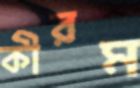
কীরম